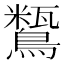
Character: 𪅒